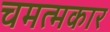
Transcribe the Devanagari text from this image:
चमत्मकार